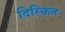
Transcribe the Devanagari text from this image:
दिस्कित